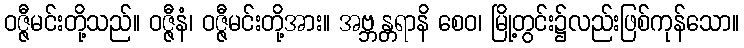
ဝဇ္ဇီမင်းတို့သည်။ ဝဇ္ဇီနံ၊ ဝဇ္ဇီမင်းတို့အား။ အဗ္ဘန္တရာနိ စေဝ၊ မြို့တွင်း၌လည်းဖြစ်ကုန်သော။